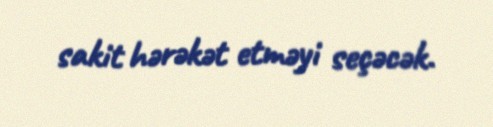
sakit hərəkət etməyi seçəcək.